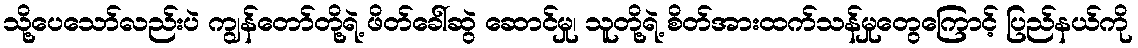
သို့ပေသော်လည်းပဲ ကျွန်တော်တို့ရဲ့ ဖိတ်ခေါ်ဆွဲ ဆောင်မှု၊ သူတို့ရဲ့ စိတ်အားထက်သန်မှုတွေကြောင့် ပြည်နယ်ကို